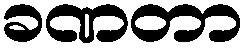
ခဏတာ